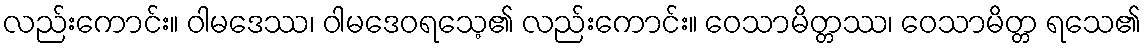
လည်းကောင်း။ ဝါမဒေဿ၊ ဝါမဒေဝရသေ့၏ လည်းကောင်း။ ဝေသာမိတ္တဿ၊ ဝေသာမိတ္တ ရသေ၏